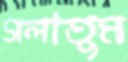
গলাতুম